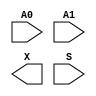
module sky130_fd_sc_hd__mux2 (
    //# {{data|Data Signals}}
    input  A0,
    input  A1,
    output X ,

    //# {{control|Control Signals}}
    input  S
);

    // Voltage supply signals
    supply1 VPWR;
    supply0 VGND;
    supply1 VPB ;
    supply0 VNB ;

endmodule